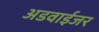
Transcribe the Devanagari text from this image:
अडवाईजर